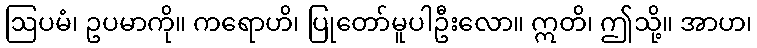
ဩပမံ၊ ဥပမာကို။ ကရောဟိ၊ ပြုတော်မူပါဦးလော။ ဣတိ၊ ဤသို့။ အာဟ၊